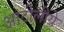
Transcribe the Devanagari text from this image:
आटोलीये